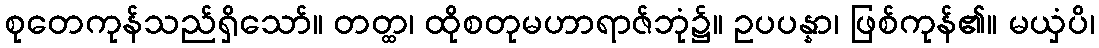
စုတေကုန်သည်ရှိသော်။ တတ္ထ၊ ထိုစတုမဟာရာဇ်ဘုံ၌။ ဥပပန္နာ၊ ဖြစ်ကုန်၏။ မယှံပိ၊